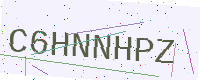
Text: C6HNNHPZ